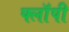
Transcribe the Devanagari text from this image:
फ्लाॅपी